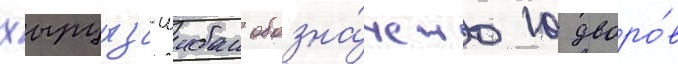
хырцыз-шибан обозна́чено 10 дворо́в